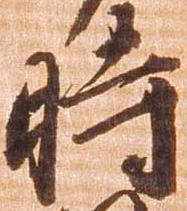
時